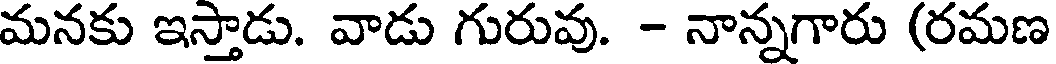
మనకు ఇస్తాడు. వాడు గురువు. - నాన్నగారు (రమణ